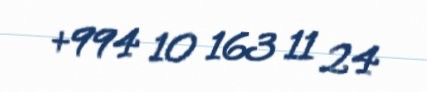
+994 10 163 11 24